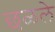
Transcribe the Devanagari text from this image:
छळले